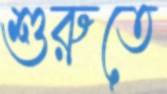
শুরুতে